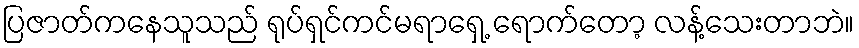
ပြဇာတ်ကနေသူသည် ရုပ်ရှင်ကင်မရာရှေ့ ရောက်တော့ လန့်သေးတာဘဲ။